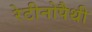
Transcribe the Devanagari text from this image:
रेटीनोपैथी